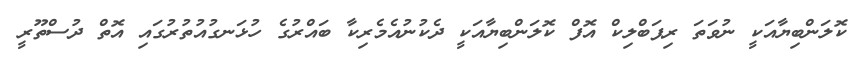
ކޮލަންބިޔާއަކީ ނުވަތަ ރިޕަބްލިކް އޮފް ކޮލަންބިޔާއަކީ ދެކުނުއެމެރިކާ ބައްރުގެ ހުޅަނގުއުތުރުގައި އޮތް ދުސްތޫރީ